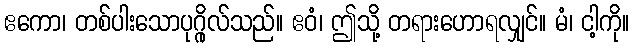
ဧကော၊ တစ်ပါးသောပုဂ္ဂိုလ်သည်။ ဧဝံ၊ ဤသို့ တရားဟောရလျှင်။ မံ၊ ငါ့ကို။